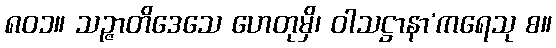
၈၀၁။ သဉ္ဇာတိဒေသေ ဟေတုမှိ၊ ဝါသဋ္ဌာနာ’ကရေသု စ။